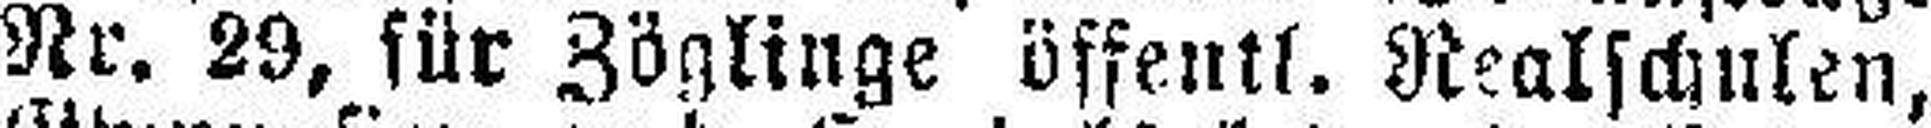
Nr. 29, für Zöglinge öffentl. Realschulen,